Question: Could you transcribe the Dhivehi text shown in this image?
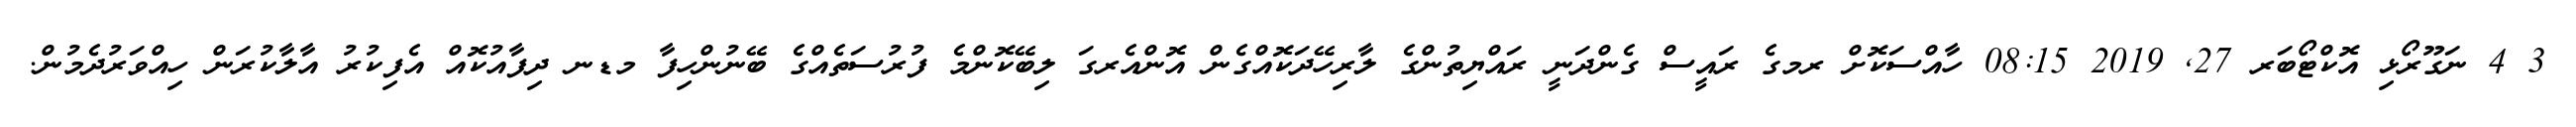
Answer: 3 4 ނަގޫރޯޅި އޮކްޓޯބަރ 27, 2019 08:15 ހާއްސަކޮށް ރމގެ ރައީސް ގެންދަނީ ރައްޔިތުންގެ ލާރިހޭދަކޮއްގެން އޮންއެރގަ ލިބޭކޮންމެ ފުރުސަތެއްގެ ބޭނުންހިފާ މޑނ ދިފާއުކޮއް އެފިކުރު އާލާކުރަން ހިއްވަރުދެމުން.